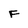
Character: F